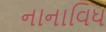
નાનાવિધ